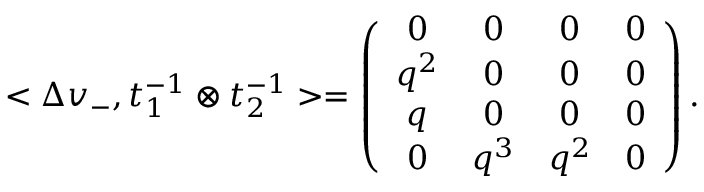
< \Delta v _ { - } , t _ { 1 } ^ { - 1 } \otimes t _ { 2 } ^ { - 1 } > = \left( \begin{array} { c c c c } { { 0 } } & { { 0 } } & { { 0 } } & { { 0 } } \\ { { q ^ { 2 } } } & { { 0 } } & { { 0 } } & { { 0 } } \\ { { q } } & { { 0 } } & { { 0 } } & { { 0 } } \\ { { 0 } } & { { q ^ { 3 } } } & { { q ^ { 2 } } } & { { 0 } } \end{array} \right) .